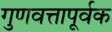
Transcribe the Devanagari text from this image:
गुणवत्तापूर्वक